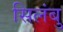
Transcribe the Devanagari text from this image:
सिलंबु